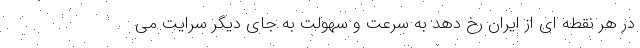
در هر نقطه ای از ایران رخ دهد به سرعت و سهولت به جای دیگر سرایت می